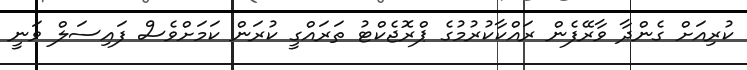
ކުރިއަށް ގެންދާ ވާރޭފެން ރައްކާކުރުމުގެ ޕްރޮޖެކްޓު ތަރައްގީ ކުރަން ކަމަށްވެސް ފައިސަލް ވަނީ